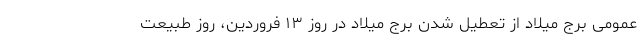
عمومی برج میلاد از تعطیل شدن برج میلاد در روز ۱۳ فروردین، روز طبیعت